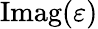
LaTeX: \operatorname{Imag}(\varepsilon)